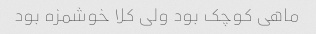
ماهی کوچک بود ولی کلا خوشمزه بود